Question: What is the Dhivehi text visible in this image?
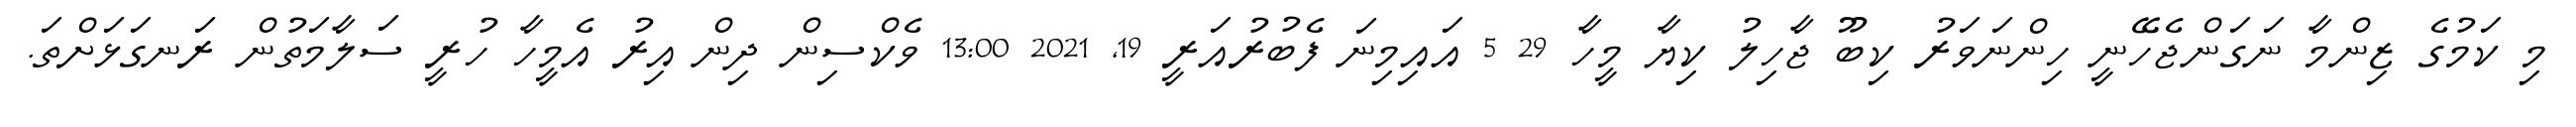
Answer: މި ކަމުގެ ޒިންމާ ނަގަންޖެހޭނީ ހިންނަވަރު ކިބޫ ޖާހިލު ކިޔާ މީހާ 29 5 އައިމިނަ ފެބުރުއަރީ 19, 2021 13:00 ވެކްސިން ދިން އިރު އެމީހާ ހުރީ ސަލާމަތުން ރަނގަޅަށްތަ.